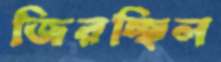
জিরচ্ছিল